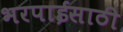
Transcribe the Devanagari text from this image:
भरपाईसाठी